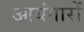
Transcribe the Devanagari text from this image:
आयंगारों